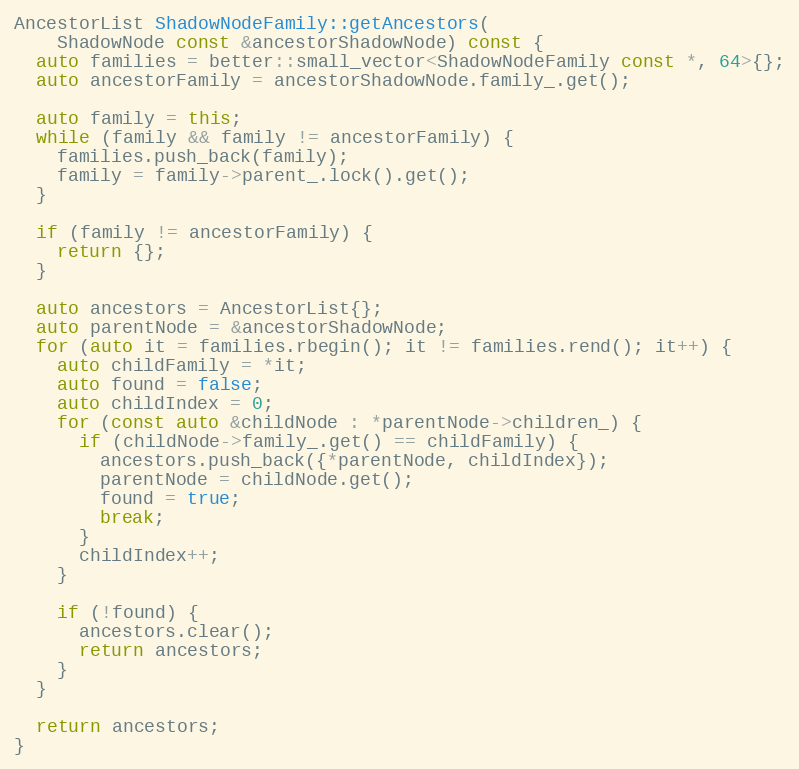
Language: C++
AncestorList ShadowNodeFamily::getAncestors(
    ShadowNode const &ancestorShadowNode) const {
  auto families = better::small_vector<ShadowNodeFamily const *, 64>{};
  auto ancestorFamily = ancestorShadowNode.family_.get();

  auto family = this;
  while (family && family != ancestorFamily) {
    families.push_back(family);
    family = family->parent_.lock().get();
  }

  if (family != ancestorFamily) {
    return {};
  }

  auto ancestors = AncestorList{};
  auto parentNode = &ancestorShadowNode;
  for (auto it = families.rbegin(); it != families.rend(); it++) {
    auto childFamily = *it;
    auto found = false;
    auto childIndex = 0;
    for (const auto &childNode : *parentNode->children_) {
      if (childNode->family_.get() == childFamily) {
        ancestors.push_back({*parentNode, childIndex});
        parentNode = childNode.get();
        found = true;
        break;
      }
      childIndex++;
    }

    if (!found) {
      ancestors.clear();
      return ancestors;
    }
  }

  return ancestors;
}